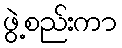
ဖွဲ့စည်းကာ